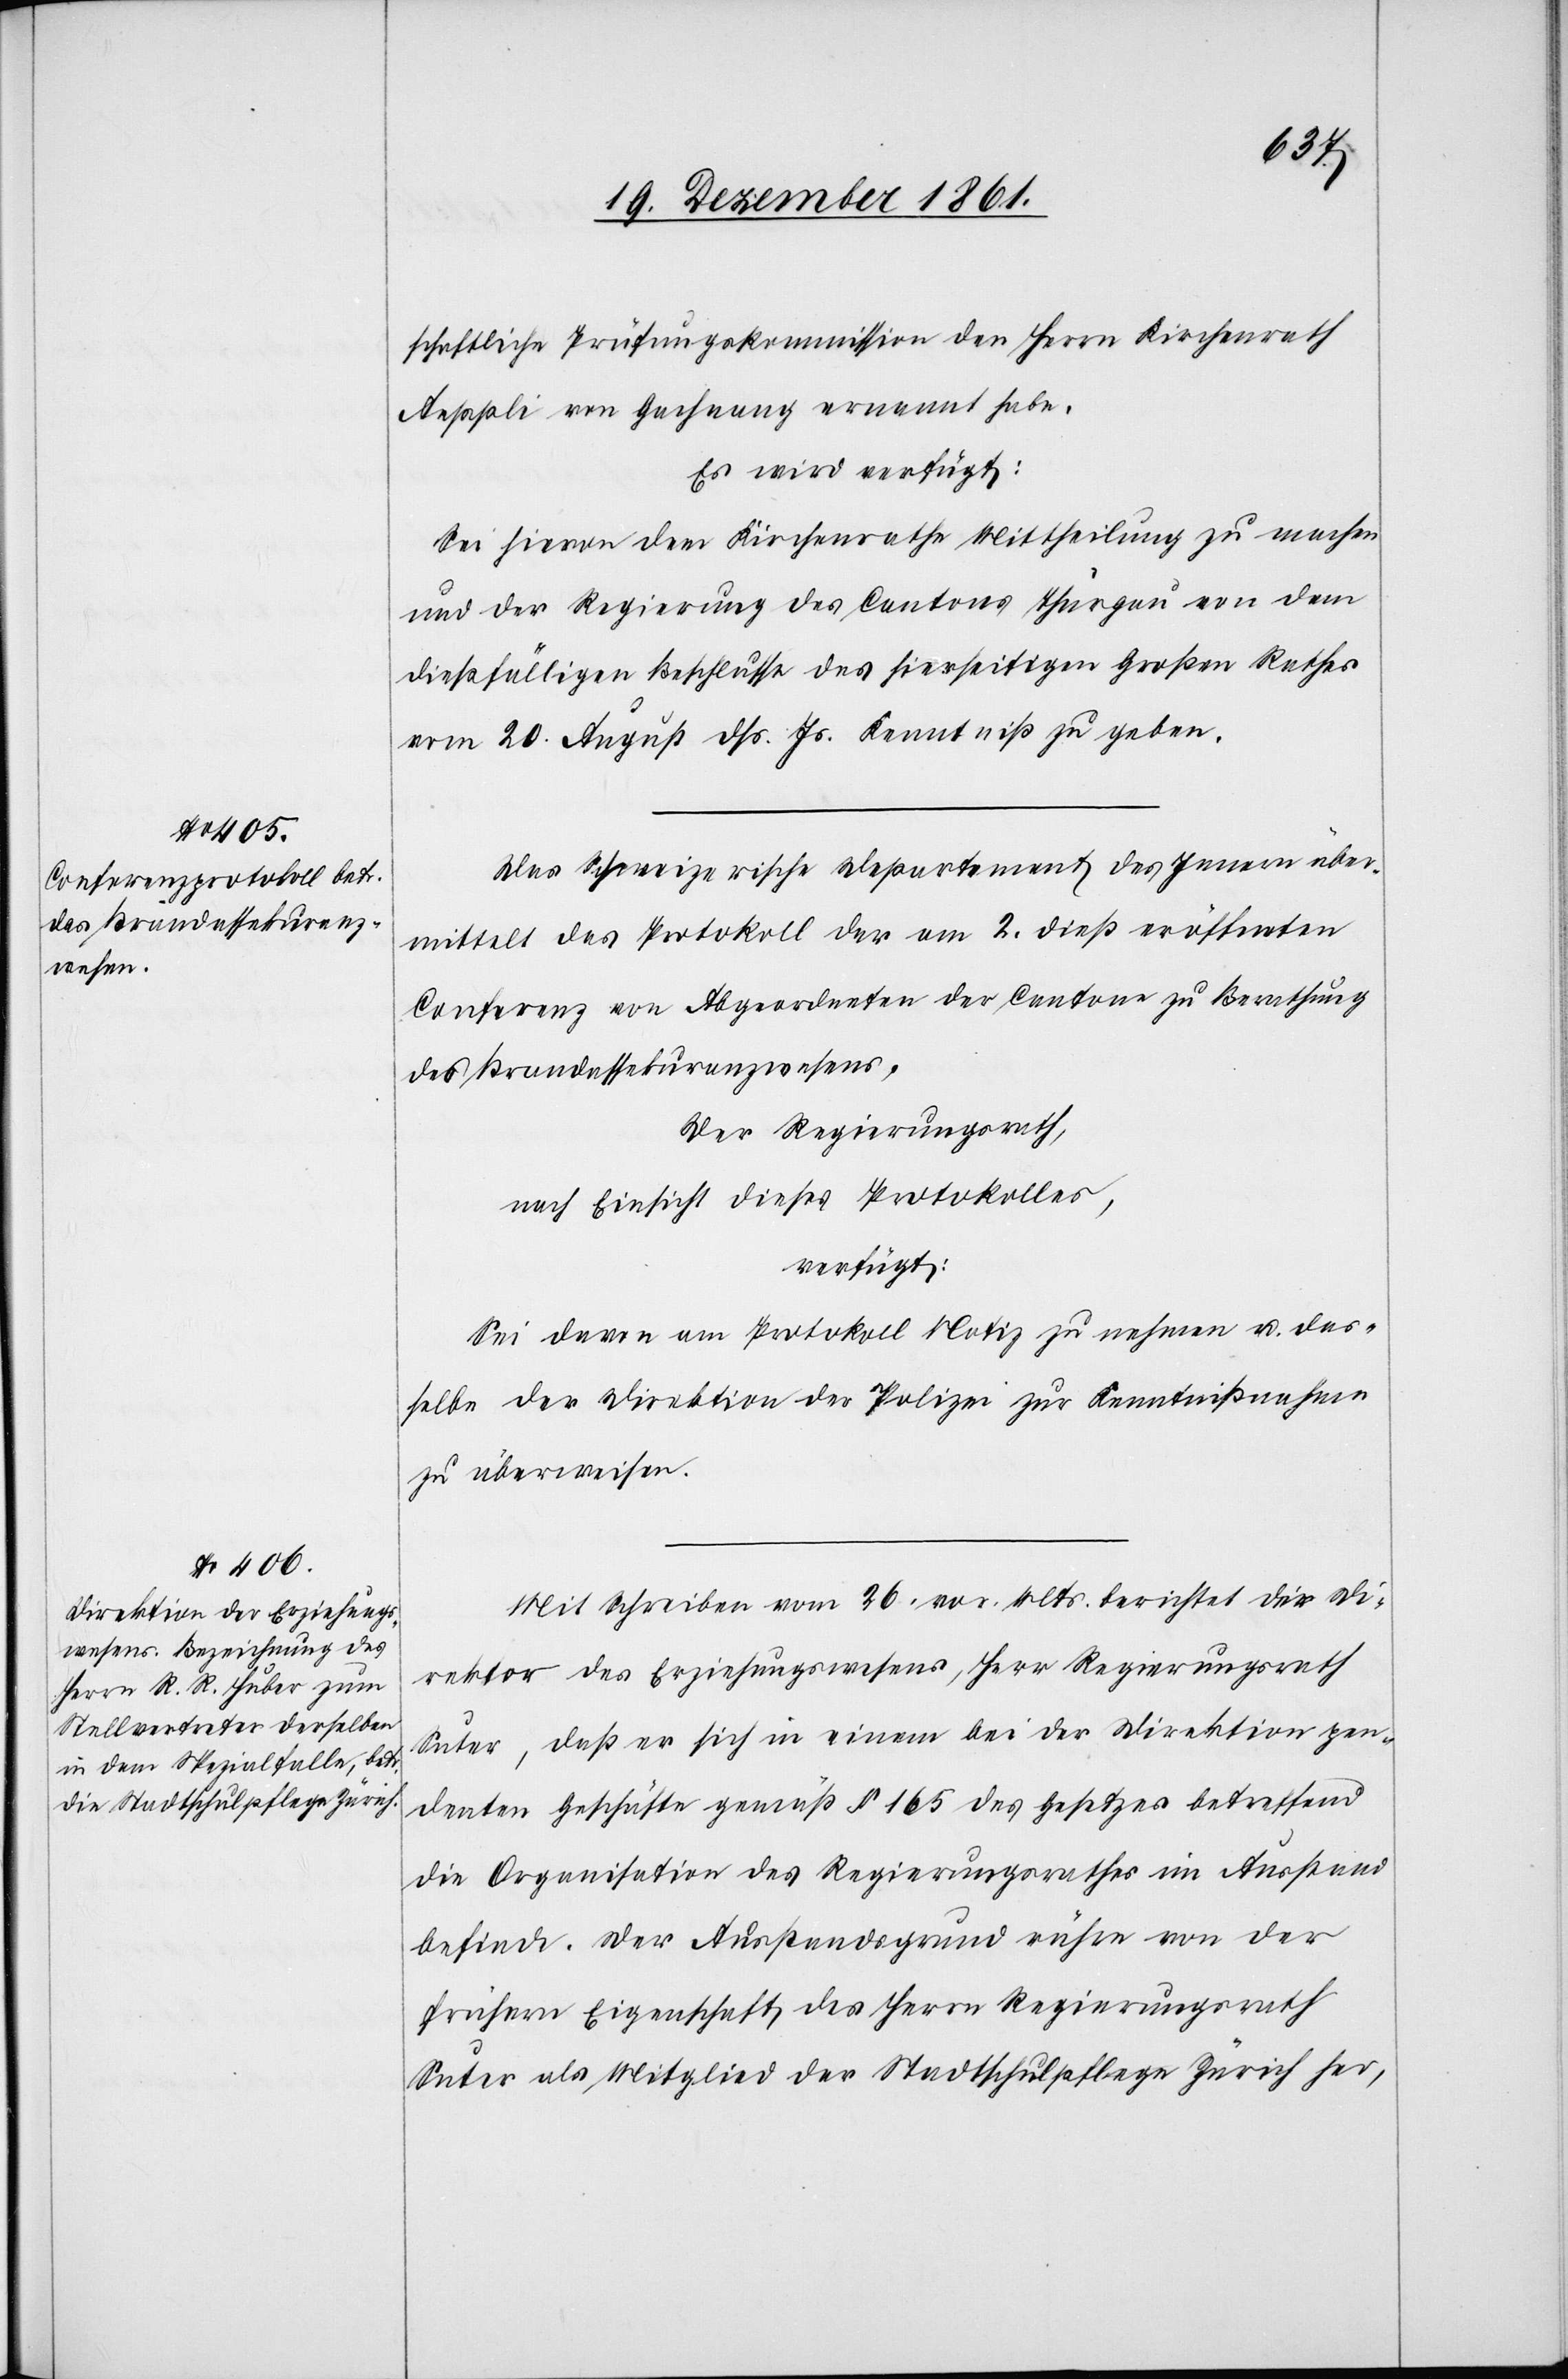
schaftliche Prüfungskommission des Herrn Kirchenrath
Aeppli von Gachnang ernannt habe.
Es wird verfügt:
Sei hievon dem Kirchenrathe Mittheilung zu machen
und der Regierung des Cantons Thurgau von dem
dießfälligen Beschlusse des hierseitigen Großen Rathes
vom 20 August dß. Js. Kenntniß zu geben.
Das Schweizerische Departement des Innern über¬
mittelt das Protokoll der am 2 dieß eröffneten
Conferenz von Abgeordneten der Cantone zu Berathung
des Brandassekuranzwesens,
Der Regierungsrath,
nach Einsicht dieses Protokolles,
verfügt:
Sei daran am Protokoll Notiz zu nehmen u. das¬
selbe der Direktion der Polizei zur Kenntnißnahme
zu überweisen.
Mit Schreiben vom 26 vor. Mts. berichtet der Di¬
rektor des Erziehungswesens, Herr Regierungsrath
Suter, daß er sich in einem bei der Direktion pen¬
denten Geschäfte gemäß § 165 des Gesetzes betreffend
die Organisation des Regierungsrathes im Ausstand
befinde. Der Ausstandsgrund rühre von der
frühern Eigenschaft des Herrn Regierungsrath
Suter als Mitglied der Stadthauspflege Zürich her,